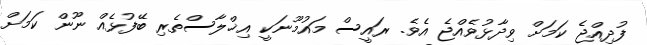
ފުދިއްޖެ ކަމަށް ވިދާޅުވެއްޖެ އެވެ. ރައީސް މައުމޫނަކީ އިޚްލާސްތެރި ބޭފުޅެއް ނޫން ކަމަށް